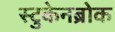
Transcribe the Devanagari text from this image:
स्टुकेनब्रोक